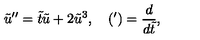
\tilde { u } ^ { \prime \prime } = \tilde { t } \tilde { u } + 2 \tilde { u } ^ { 3 } , \quad ( { } ^ { \prime } ) = \frac { d } { d \tilde { t } } ,